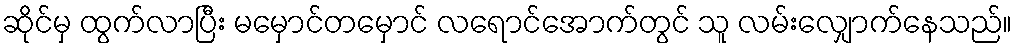
ဆိုင်မှ ထွက်လာပြီး မမှောင်တမှောင် လရောင်အောက်တွင် သူ လမ်းလျှောက်နေသည်။